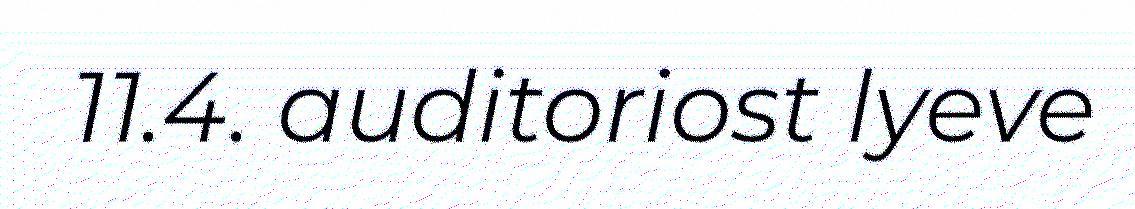
11.4. auditoriost lyeve